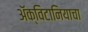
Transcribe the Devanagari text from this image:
ॲक्विटानियाचा